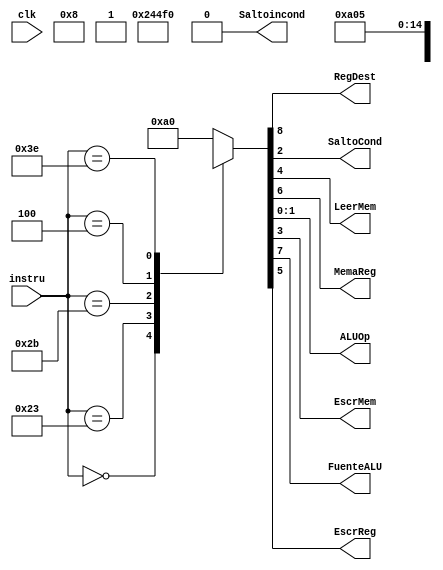
module control(Saltoincond,instru,clk,RegDest,SaltoCond,LeerMem,MemaReg,ALUOp,EscrMem,FuenteALU,EscrReg);

input [5:0]instru;
input clk;
output wire RegDest;
output wire SaltoCond;
output wire LeerMem;
output wire MemaReg;
output wire [1:0]ALUOp;
output wire EscrMem;
output wire FuenteALU;
output wire EscrReg;
output wire Saltoincond;

reg [9:0]aux;


always @ (*)
begin 
    case(instru)
        6'b000_000: aux=10'b0100_100_010;
        6'b100_011: aux=10'b00_1111_0000;//lectura
        6'b101_011: aux=10'b0x1x001000;//carga
        6'b000_100: aux=10'b0x0x000101;
        6'b111_111: aux=10'b00_1010_0000;//not
        6'b111_110: aux=10'b00_0000_0101;
        default:  aux=10'b00_1010_0000;        
    endcase

end
assign Saltoincond  = aux[9];
assign RegDest      = aux[8];
assign FuenteALU    = aux[7];//
assign MemaReg      = aux[6];
assign EscrReg      = aux[5];
assign LeerMem      = aux[4];//
assign EscrMem      = aux[3];
assign SaltoCond    = aux[2];
assign ALUOp        = aux[1:0];

endmodule